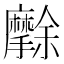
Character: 𭣒